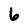
Character: 6